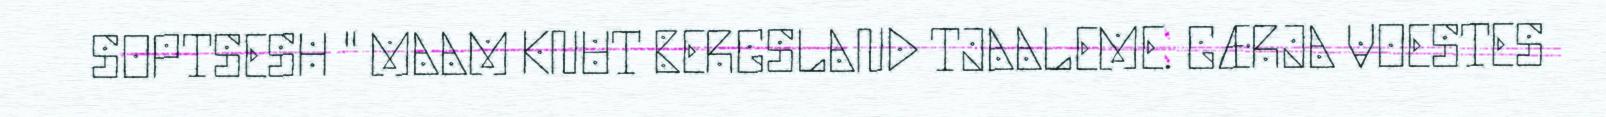
SOPTSESH " MAAM KNUT BERGSLAND TJAALEME. GÆRJA VOESTES